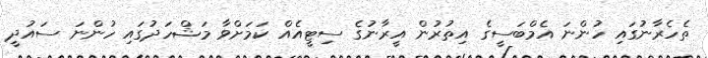
ތެހެރާނުގައި ހުންނަ އެމްބަސީގެ އިތުރުން އީރާނުގެ ސިޓީއެއް ކަމަށްވާ މަޝްހަދުގައި ހުންނަ ސައުދީ